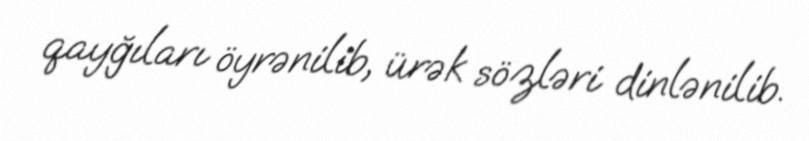
qayğıları öyrənilib, ürək sözləri dinlənilib.